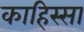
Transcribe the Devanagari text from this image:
काहिस्सा